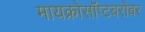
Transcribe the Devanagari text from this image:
मायक्रोसॉप्टबरोबर